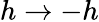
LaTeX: h\rightarrow-h